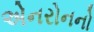
એનરોનનો